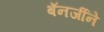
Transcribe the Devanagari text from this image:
बॅनर्जीने